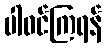
ပါဝင်ကြရန်